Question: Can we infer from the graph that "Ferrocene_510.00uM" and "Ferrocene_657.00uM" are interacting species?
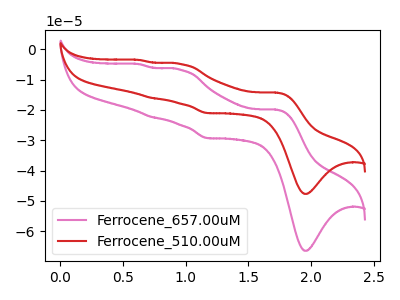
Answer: <think>The pink curve "Ferrocene_657.00uM" has anodic peaks at (1.75V, -19.90uA) (0.95V, -6.75uA) (0.75V, -22.35uA) (0.60V, -4.90uA) and cathodic peaks at (1.95V, -66.45uA) (1.15V, -29.30uA). The red curve "Ferrocene_510.00uM" has anodic peaks at (1.75V, -14.30uA) (0.95V, -4.85uA) (0.75V, -16.05uA) (0.60V, -3.55uA) and cathodic peaks at (1.95V, -47.70uA) (1.15V, -21.00uA).
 All the peaks in "Ferrocene_510.00uM" have a peak in "Ferrocene_657.00uM" at the same potential.</think>
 <answer>No, "Ferrocene_510.00uM" and "Ferrocene_657.00uM" don't appear to be significantly different in shape</answer>
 <eval>no_change</eval>